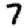
Digit: 7